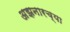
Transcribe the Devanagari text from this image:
अझनारच्या